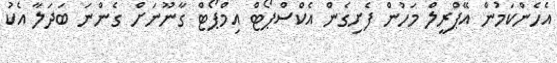
އެހެންކަމުން އޭޕްރީލް މަހުން ފެށިގެން އެކްސްޕޯޓް އިމްޕޯޓް ގާނޫނަށް ގެންނަ ބަދަލާ އެކު